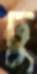
ঢু